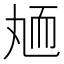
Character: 䎠